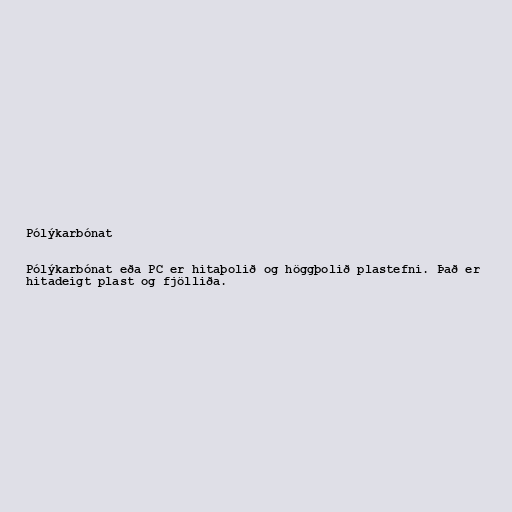
Pólýkarbónat

Pólýkarbónat eða PC er hitaþolið og höggþolið plastefni. Það er
hitadeigt plast og fjölliða.